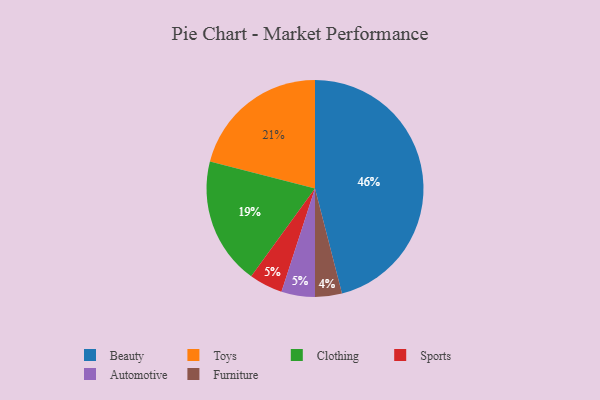
{"axis": {"x": "Category", "y": "Percentage"}, "legend": ["Automotive", "Beauty", "Clothing", "Furniture", "Sports", "Toys"], "data": [{"x": "Sports", "y": 5, "type": "Sports"}, {"x": "Toys", "y": 21, "type": "Toys"}, {"x": "Beauty", "y": 46, "type": "Beauty"}, {"x": "Automotive", "y": 5, "type": "Automotive"}, {"x": "Clothing", "y": 19, "type": "Clothing"}, {"x": "Furniture", "y": 4, "type": "Furniture"}]}